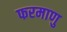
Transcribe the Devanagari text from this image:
फरमाणु